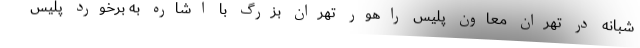
شبانه در تهران معاون پلیس راهور تهران بزرگ با اشاره به برخورد پلیس